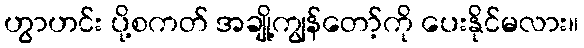
ဟွာဟင်း ပို့စကတ် အချို့ကျွန်တော့်ကို ပေးနိုင်မလား။